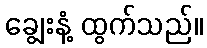
ချွေးနံ့ ထွက်သည်။